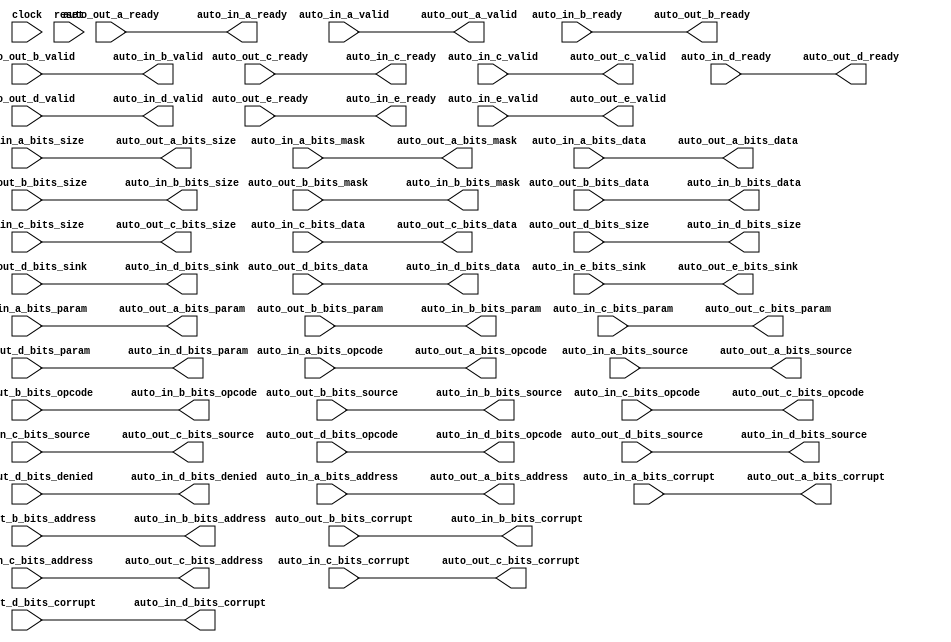
module TLBuffer_12(
  input         clock,
  input         reset,
  output        auto_in_a_ready,
  input         auto_in_a_valid,
  input  [2:0]  auto_in_a_bits_opcode,
  input  [2:0]  auto_in_a_bits_param,
  input  [3:0]  auto_in_a_bits_size,
  input  [2:0]  auto_in_a_bits_source,
  input  [31:0] auto_in_a_bits_address,
  input  [7:0]  auto_in_a_bits_mask,
  input  [63:0] auto_in_a_bits_data,
  input         auto_in_a_bits_corrupt,
  input         auto_in_b_ready,
  output        auto_in_b_valid,
  output [2:0]  auto_in_b_bits_opcode,
  output [1:0]  auto_in_b_bits_param,
  output [3:0]  auto_in_b_bits_size,
  output [2:0]  auto_in_b_bits_source,
  output [31:0] auto_in_b_bits_address,
  output [7:0]  auto_in_b_bits_mask,
  output [63:0] auto_in_b_bits_data,
  output        auto_in_b_bits_corrupt,
  output        auto_in_c_ready,
  input         auto_in_c_valid,
  input  [2:0]  auto_in_c_bits_opcode,
  input  [2:0]  auto_in_c_bits_param,
  input  [3:0]  auto_in_c_bits_size,
  input  [2:0]  auto_in_c_bits_source,
  input  [31:0] auto_in_c_bits_address,
  input  [63:0] auto_in_c_bits_data,
  input         auto_in_c_bits_corrupt,
  input         auto_in_d_ready,
  output        auto_in_d_valid,
  output [2:0]  auto_in_d_bits_opcode,
  output [1:0]  auto_in_d_bits_param,
  output [3:0]  auto_in_d_bits_size,
  output [2:0]  auto_in_d_bits_source,
  output [1:0]  auto_in_d_bits_sink,
  output        auto_in_d_bits_denied,
  output [63:0] auto_in_d_bits_data,
  output        auto_in_d_bits_corrupt,
  output        auto_in_e_ready,
  input         auto_in_e_valid,
  input  [1:0]  auto_in_e_bits_sink,
  input         auto_out_a_ready,
  output        auto_out_a_valid,
  output [2:0]  auto_out_a_bits_opcode,
  output [2:0]  auto_out_a_bits_param,
  output [3:0]  auto_out_a_bits_size,
  output [2:0]  auto_out_a_bits_source,
  output [31:0] auto_out_a_bits_address,
  output [7:0]  auto_out_a_bits_mask,
  output [63:0] auto_out_a_bits_data,
  output        auto_out_a_bits_corrupt,
  output        auto_out_b_ready,
  input         auto_out_b_valid,
  input  [2:0]  auto_out_b_bits_opcode,
  input  [1:0]  auto_out_b_bits_param,
  input  [3:0]  auto_out_b_bits_size,
  input  [2:0]  auto_out_b_bits_source,
  input  [31:0] auto_out_b_bits_address,
  input  [7:0]  auto_out_b_bits_mask,
  input  [63:0] auto_out_b_bits_data,
  input         auto_out_b_bits_corrupt,
  input         auto_out_c_ready,
  output        auto_out_c_valid,
  output [2:0]  auto_out_c_bits_opcode,
  output [2:0]  auto_out_c_bits_param,
  output [3:0]  auto_out_c_bits_size,
  output [2:0]  auto_out_c_bits_source,
  output [31:0] auto_out_c_bits_address,
  output [63:0] auto_out_c_bits_data,
  output        auto_out_c_bits_corrupt,
  output        auto_out_d_ready,
  input         auto_out_d_valid,
  input  [2:0]  auto_out_d_bits_opcode,
  input  [1:0]  auto_out_d_bits_param,
  input  [3:0]  auto_out_d_bits_size,
  input  [2:0]  auto_out_d_bits_source,
  input  [1:0]  auto_out_d_bits_sink,
  input         auto_out_d_bits_denied,
  input  [63:0] auto_out_d_bits_data,
  input         auto_out_d_bits_corrupt,
  input         auto_out_e_ready,
  output        auto_out_e_valid,
  output [1:0]  auto_out_e_bits_sink
);
  assign auto_in_a_ready = auto_out_a_ready; // @[Nodes.scala 1207:84 LazyModule.scala 311:12]
  assign auto_in_b_valid = auto_out_b_valid; // @[Nodes.scala 1207:84 LazyModule.scala 311:12]
  assign auto_in_b_bits_opcode = auto_out_b_bits_opcode; // @[Nodes.scala 1207:84 LazyModule.scala 311:12]
  assign auto_in_b_bits_param = auto_out_b_bits_param; // @[Nodes.scala 1207:84 LazyModule.scala 311:12]
  assign auto_in_b_bits_size = auto_out_b_bits_size; // @[Nodes.scala 1207:84 LazyModule.scala 311:12]
  assign auto_in_b_bits_source = auto_out_b_bits_source; // @[Nodes.scala 1207:84 LazyModule.scala 311:12]
  assign auto_in_b_bits_address = auto_out_b_bits_address; // @[Nodes.scala 1207:84 LazyModule.scala 311:12]
  assign auto_in_b_bits_mask = auto_out_b_bits_mask; // @[Nodes.scala 1207:84 LazyModule.scala 311:12]
  assign auto_in_b_bits_data = auto_out_b_bits_data; // @[Nodes.scala 1207:84 LazyModule.scala 311:12]
  assign auto_in_b_bits_corrupt = auto_out_b_bits_corrupt; // @[Nodes.scala 1207:84 LazyModule.scala 311:12]
  assign auto_in_c_ready = auto_out_c_ready; // @[Nodes.scala 1207:84 LazyModule.scala 311:12]
  assign auto_in_d_valid = auto_out_d_valid; // @[Nodes.scala 1207:84 LazyModule.scala 311:12]
  assign auto_in_d_bits_opcode = auto_out_d_bits_opcode; // @[Nodes.scala 1207:84 LazyModule.scala 311:12]
  assign auto_in_d_bits_param = auto_out_d_bits_param; // @[Nodes.scala 1207:84 LazyModule.scala 311:12]
  assign auto_in_d_bits_size = auto_out_d_bits_size; // @[Nodes.scala 1207:84 LazyModule.scala 311:12]
  assign auto_in_d_bits_source = auto_out_d_bits_source; // @[Nodes.scala 1207:84 LazyModule.scala 311:12]
  assign auto_in_d_bits_sink = auto_out_d_bits_sink; // @[Nodes.scala 1207:84 LazyModule.scala 311:12]
  assign auto_in_d_bits_denied = auto_out_d_bits_denied; // @[Nodes.scala 1207:84 LazyModule.scala 311:12]
  assign auto_in_d_bits_data = auto_out_d_bits_data; // @[Nodes.scala 1207:84 LazyModule.scala 311:12]
  assign auto_in_d_bits_corrupt = auto_out_d_bits_corrupt; // @[Nodes.scala 1207:84 LazyModule.scala 311:12]
  assign auto_in_e_ready = auto_out_e_ready; // @[Nodes.scala 1207:84 LazyModule.scala 311:12]
  assign auto_out_a_valid = auto_in_a_valid; // @[Nodes.scala 1210:84 LazyModule.scala 309:16]
  assign auto_out_a_bits_opcode = auto_in_a_bits_opcode; // @[Nodes.scala 1210:84 LazyModule.scala 309:16]
  assign auto_out_a_bits_param = auto_in_a_bits_param; // @[Nodes.scala 1210:84 LazyModule.scala 309:16]
  assign auto_out_a_bits_size = auto_in_a_bits_size; // @[Nodes.scala 1210:84 LazyModule.scala 309:16]
  assign auto_out_a_bits_source = auto_in_a_bits_source; // @[Nodes.scala 1210:84 LazyModule.scala 309:16]
  assign auto_out_a_bits_address = auto_in_a_bits_address; // @[Nodes.scala 1210:84 LazyModule.scala 309:16]
  assign auto_out_a_bits_mask = auto_in_a_bits_mask; // @[Nodes.scala 1210:84 LazyModule.scala 309:16]
  assign auto_out_a_bits_data = auto_in_a_bits_data; // @[Nodes.scala 1210:84 LazyModule.scala 309:16]
  assign auto_out_a_bits_corrupt = auto_in_a_bits_corrupt; // @[Nodes.scala 1210:84 LazyModule.scala 309:16]
  assign auto_out_b_ready = auto_in_b_ready; // @[Nodes.scala 1210:84 LazyModule.scala 309:16]
  assign auto_out_c_valid = auto_in_c_valid; // @[Nodes.scala 1210:84 LazyModule.scala 309:16]
  assign auto_out_c_bits_opcode = auto_in_c_bits_opcode; // @[Nodes.scala 1210:84 LazyModule.scala 309:16]
  assign auto_out_c_bits_param = auto_in_c_bits_param; // @[Nodes.scala 1210:84 LazyModule.scala 309:16]
  assign auto_out_c_bits_size = auto_in_c_bits_size; // @[Nodes.scala 1210:84 LazyModule.scala 309:16]
  assign auto_out_c_bits_source = auto_in_c_bits_source; // @[Nodes.scala 1210:84 LazyModule.scala 309:16]
  assign auto_out_c_bits_address = auto_in_c_bits_address; // @[Nodes.scala 1210:84 LazyModule.scala 309:16]
  assign auto_out_c_bits_data = auto_in_c_bits_data; // @[Nodes.scala 1210:84 LazyModule.scala 309:16]
  assign auto_out_c_bits_corrupt = auto_in_c_bits_corrupt; // @[Nodes.scala 1210:84 LazyModule.scala 309:16]
  assign auto_out_d_ready = auto_in_d_ready; // @[Nodes.scala 1210:84 LazyModule.scala 309:16]
  assign auto_out_e_valid = auto_in_e_valid; // @[Nodes.scala 1210:84 LazyModule.scala 309:16]
  assign auto_out_e_bits_sink = auto_in_e_bits_sink; // @[Nodes.scala 1210:84 LazyModule.scala 309:16]
endmodule